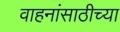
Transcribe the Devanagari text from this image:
वाहनांसाठीच्या